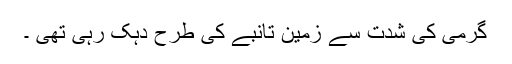
گرمی کی شدت سے زمین تانبے کی طرح دہک رہی تھی ۔